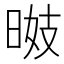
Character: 𣇠